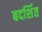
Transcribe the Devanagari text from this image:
बदर्शित